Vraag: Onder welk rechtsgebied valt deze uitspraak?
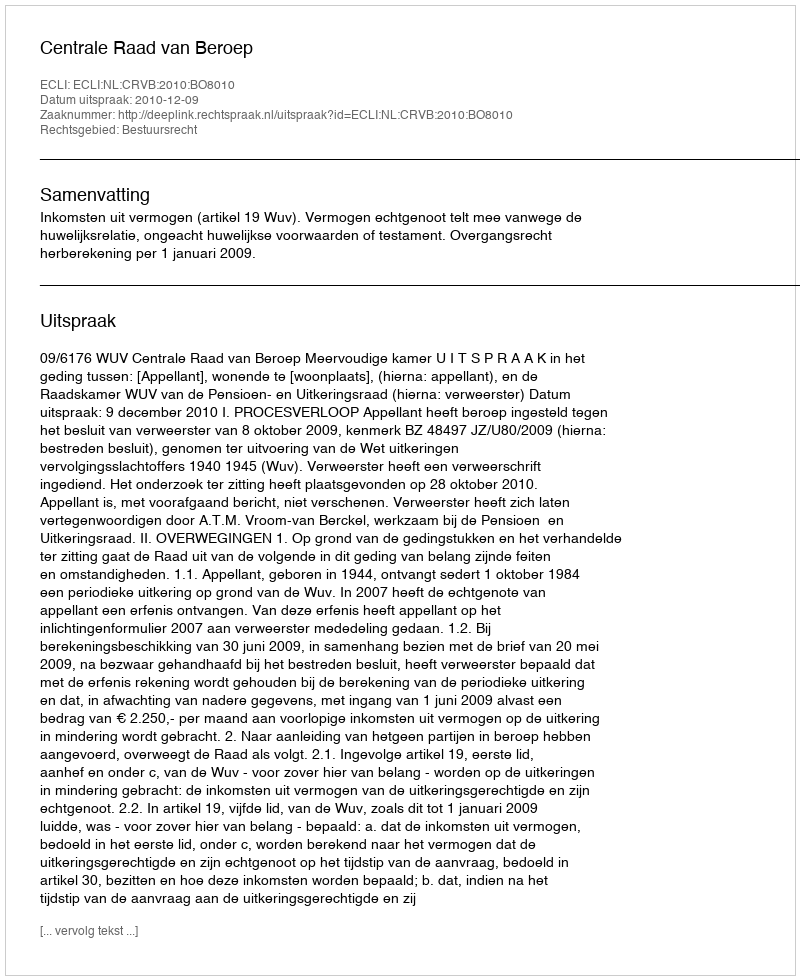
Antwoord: Bestuursrecht